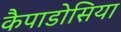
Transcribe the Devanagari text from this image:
कैपाडोसिया